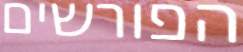
הפורשים